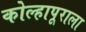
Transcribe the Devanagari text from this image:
कोल्हापूराला